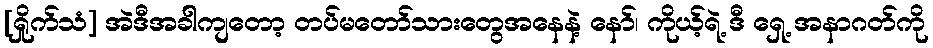
[ရှိုက်သံ] အဲဒီအခါကျတော့ တပ်မတော်သားတွေအနေနဲ့ နော်၊ ကိုယ့်ရဲ့ ဒီ ရှေ့ အနာဂတ်ကို